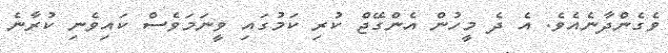
ވެގެންދާނެއެވެ. އެ ދެ މީހުން އެންގޭޖް ކުރި ކަމުގައި ވީނަމަވެސް ކައިވެނި ކުރާނެ